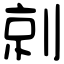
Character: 剠